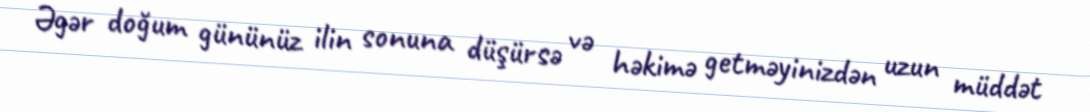
Əgər doğum gününüz ilin sonuna düşürsə və həkimə getməyinizdən uzun müddət